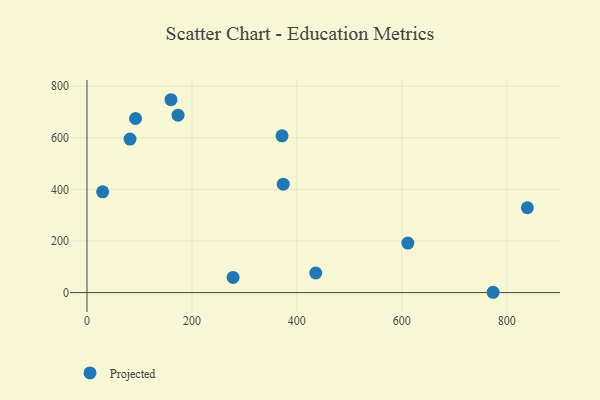
{"axis": {"x": "Engine Size", "y": "Exam Score"}, "legend": ["Projected"], "data": [{"x": "611.5", "y": 192.0, "type": "Projected"}, {"x": "29.8", "y": 390.7, "type": "Projected"}, {"x": "436.0", "y": 76.0, "type": "Projected"}, {"x": "82.0", "y": 595.1, "type": "Projected"}, {"x": "774.0", "y": 1.2, "type": "Projected"}, {"x": "371.7", "y": 607.6, "type": "Projected"}, {"x": "92.5", "y": 674.7, "type": "Projected"}, {"x": "278.4", "y": 58.7, "type": "Projected"}, {"x": "173.5", "y": 687.7, "type": "Projected"}, {"x": "160.1", "y": 747.5, "type": "Projected"}, {"x": "374.0", "y": 420.2, "type": "Projected"}, {"x": "839.3", "y": 328.9, "type": "Projected"}]}